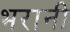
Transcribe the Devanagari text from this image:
भरानी